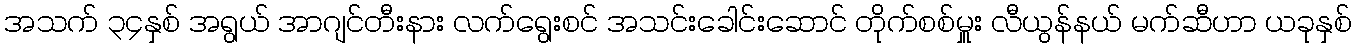
အသက် ၃၄နှစ် အရွယ် အာဂျင်တီးနား လက်ရွေးစင် အသင်းခေါင်းဆောင် တိုက်စစ်မှူး လီယွန်နယ် မက်ဆီဟာ ယခုနှစ်